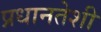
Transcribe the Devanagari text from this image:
प्रधानतेशी